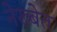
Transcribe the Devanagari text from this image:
नेख्बेत